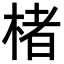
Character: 楮